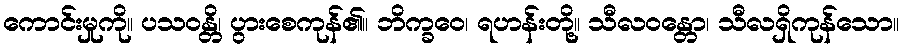
ကောင်းမှုကို။ ပသဝန္တိ၊ ပွားစေကုန်၏။ ဘိက္ခဝေ၊ ရဟန်းတို့။ သီလဝန္တော၊ သီလရှိကုန်သော။